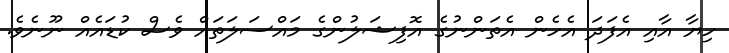
ހިޔާ އާއި އެފަދަ އެހެން އެތަންނުގެ އޮފިޝަލުންގެ މައްސަލަތައް ވެސް ކުޑައެއް ނޫނެވެ.